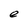
Character: e